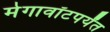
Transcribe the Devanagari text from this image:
मेगावॉटपर्यंत